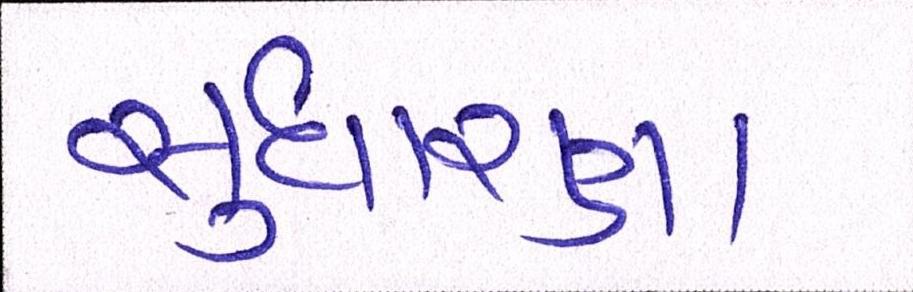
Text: સુધારણા